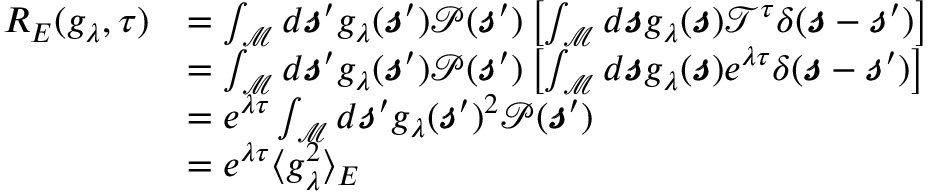
\begin{array} { r l } { R _ { E } ( g _ { \lambda } , \tau ) } & { = \int _ { \mathcal { M } } d \pmb { \mathscr { s } } ^ { \prime } g _ { \lambda } ( \pmb { \mathscr { s } } ^ { \prime } ) \mathscr { P } ( \pmb { \mathscr { s } } ^ { \prime } ) \left[ \int _ { \mathcal { M } } d \pmb { \mathscr { s } } g _ { \lambda } ( \pmb { \mathscr { s } } ) \mathscr { T } ^ { \tau } \delta ( \pmb { \mathscr { s } } - \pmb { \mathscr { s } } ^ { \prime } ) \right] } \\ & { = \int _ { \mathcal { M } } d \pmb { \mathscr { s } } ^ { \prime } g _ { \lambda } ( \pmb { \mathscr { s } } ^ { \prime } ) \mathscr { P } ( \pmb { \mathscr { s } } ^ { \prime } ) \left[ \int _ { \mathcal { M } } d \pmb { \mathscr { s } } g _ { \lambda } ( \pmb { \mathscr { s } } ) e ^ { \lambda \tau } \delta ( \pmb { \mathscr { s } } - \pmb { \mathscr { s } } ^ { \prime } ) \right] } \\ & { = e ^ { \lambda \tau } \int _ { \mathcal { M } } d \pmb { \mathscr { s } } ^ { \prime } g _ { \lambda } ( \pmb { \mathscr { s } } ^ { \prime } ) ^ { 2 } \mathscr { P } ( \pmb { \mathscr { s } } ^ { \prime } ) } \\ & { = e ^ { \lambda \tau } \langle g _ { \lambda } ^ { 2 } \rangle _ { E } } \end{array}